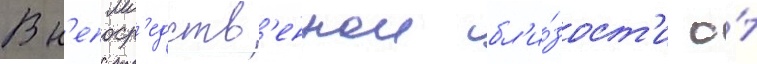
В н'епоср'едств'еннои бл'и́зост'и о́т